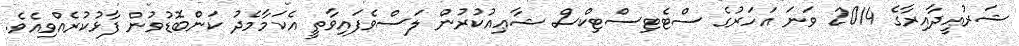
ޝަރުޢީދާއިރާގެ 2014 ވަނަ އަހަރުގެ ސްޓެޓިސްޓިކްސް ޝާޢިއުކުރުން ލަސްވެފައިވާތީ އެކަމާމެދު ކަންބޮޑުވުން ފާޅުކުރެއްވިއެވެ.